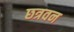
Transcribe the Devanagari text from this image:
छत्रवन